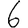
Digit: 6